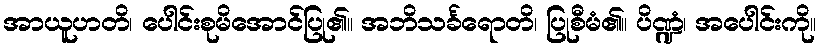
အာယူဟတိ၊ ပေါင်းစုမိအောင်ပြု၏။ အဘိသင်္ခရောတိ၊ ပြုစီမံ၏။ ပိဏ္ဍံ၊ အပေါင်းကို။